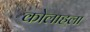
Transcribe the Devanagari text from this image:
कोलाहला